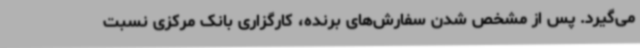
می‌گیرد. پس از مشخص شدن سفارش‌های برنده، کارگزاری بانک مرکزی نسبت